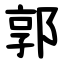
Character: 郭